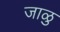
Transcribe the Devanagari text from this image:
जाळु